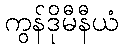
ကွန်ဒိုမီနီယံ